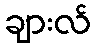
ချားလ်